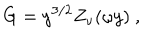
G = y ^ { 3 / 2 } Z _ { \nu } ( \omega y ) \ ,